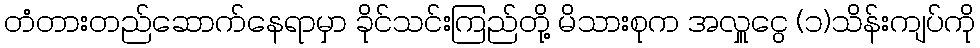
တံတားတည်ဆောက်နေရာမှာ ခိုင်သင်းကြည်တို့ မိသားစုက အလှူငွေ (၁)သိန်းကျပ်ကို